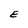
Character: E